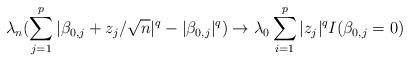
LaTeX: \begin{align*}\lambda_n (\sum\limits_{j=1}^{p} \vert \beta_{0,j} + z_{j}/ \sqrt{n} \vert ^q - \vert \beta_{0,j} \vert ^q) \rightarrow \lambda_0 \sum\limits_{i=1}^{p} \vert z_j \vert^{q} I(\beta_{0,j}=0)\end{align*}